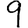
Digit: 9